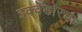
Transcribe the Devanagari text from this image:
इक्वेडोरचा